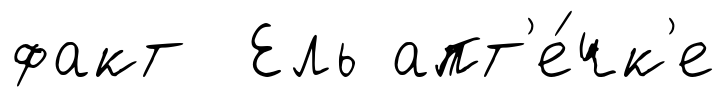
факт Ель апт'е́чк'е